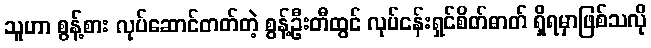
သူဟာ စွန့်စား လုပ်ဆောင်တတ်တဲ့ စွန့်ဦးတီထွင် လုပ်ငန်းရှင်စိတ်ဓာတ် ရှိရမှာဖြစ်သလို